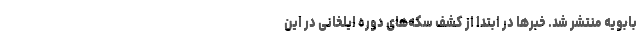
بابویه منتشر شد. خبرها در ابتدا از کشف سکه‌های دوره ایلخانی در این